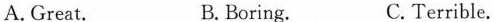
A.Great. B. Boring. C. Terrible.